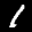
Label: 1